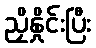
ညှိနှိုင်းပြီး